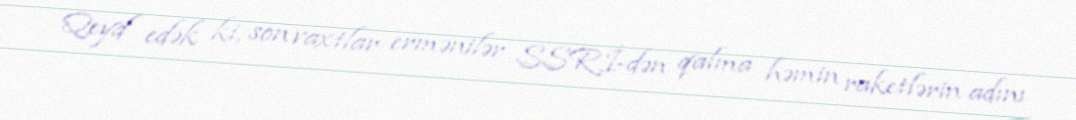
Qeyd edək ki, son vaxtlar ermənilər SSRİ-dən qalma həmin raketlərin adını